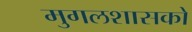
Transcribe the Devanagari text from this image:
मुगलशासकों